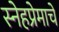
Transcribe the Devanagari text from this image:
स्नेहप्रेमाचे